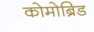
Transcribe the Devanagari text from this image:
कोमोब्रिड